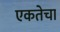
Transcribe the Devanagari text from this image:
एकतेचा